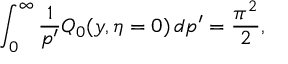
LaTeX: \int _ { 0 } ^ { \infty } { \frac { 1 } { p ^ { \prime } } } Q _ { 0 } ( y , \eta = 0 ) \, d p ^ { \prime } = { \frac { \pi ^ { 2 } } { 2 } } ,